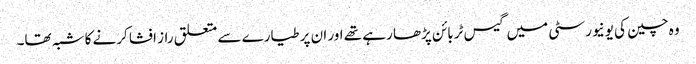
وہ چین کی یونیورسٹی میں گیس ٹربائن پڑھا رہے تھے اور ان پر طیارے سے متعلق راز افشا کرنے کا شبہ تھا۔